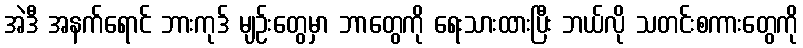
အဲဒီ အနက်ရောင် ဘားကုဒ် မျဉ်းတွေမှာ ဘာတွေကို ရေးသားထားပြီး ဘယ်လို သတင်းစကားတွေကို